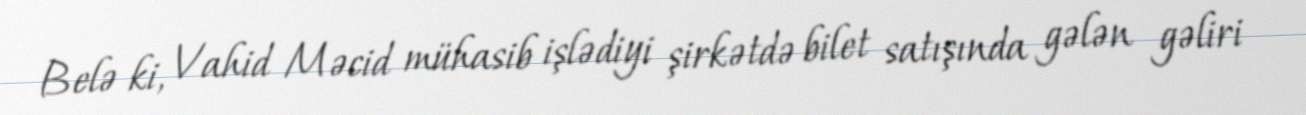
Belə ki, Vahid Məcid mühasib işlədiyi şirkətdə bilet satışında gələn gəliri